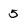
Character: 5